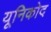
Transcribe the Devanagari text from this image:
यूनिकोद